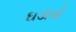
ઘડાતો